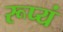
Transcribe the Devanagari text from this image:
रूप्यं